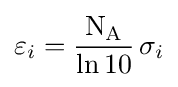
\varepsilon _{i}={\frac {\mathrm {N_{A}} }{\ln {10}}}\,\sigma _{i}